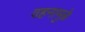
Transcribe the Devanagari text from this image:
वहनामुळे